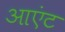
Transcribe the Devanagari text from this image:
आएंट